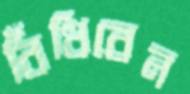
বিঁধিবেন